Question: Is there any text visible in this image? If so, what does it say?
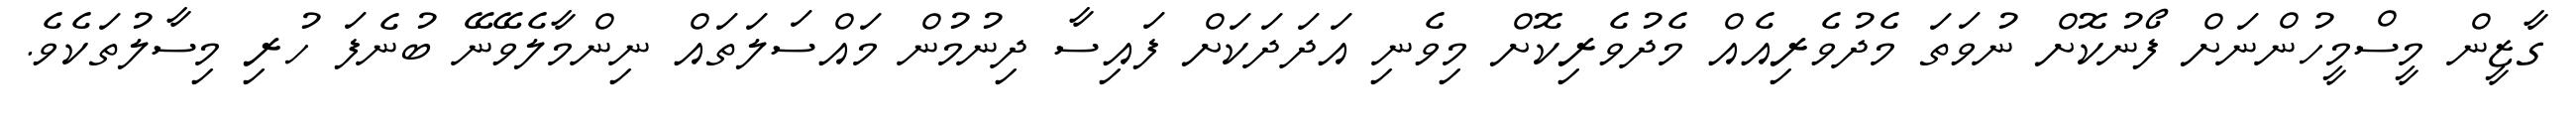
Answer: ގާޒީން މީސްމީހުންނަށް ފޯނުކޮށް ނުވަތަ މެދުވެރިއެއް މެދުވެރިކޮށް މިވެނި އަދަދަކަށް ފައިސާ ދިނުމުން މައްސަލަތައް ނިންމާލެވޭނޭ ބުނެފަ ހުރި މިސާލުތަކެވެ.